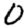
Digit: 0